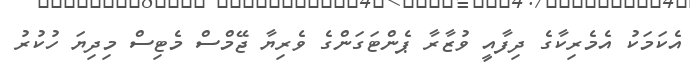
އެކަމަކު އެމެރިކާގެ ދިފާއީ ވުޒާރާ ޕެންޓަގަންގެ ވެރިޔާ ޖޭމްސް މެޓިސް މިދިޔަ ހުކުރު